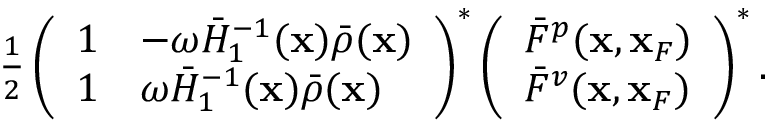
\begin{array} { r } { \frac { 1 } { 2 } \left( \begin{array} { l l } { 1 } & { - \omega \bar { \cal H } _ { 1 } ^ { - 1 } ( { \bf x } ) \bar { \rho } ( { \bf x } ) } \\ { 1 } & { \omega \bar { \cal H } _ { 1 } ^ { - 1 } ( { \bf x } ) \bar { \rho } ( { \bf x } ) } \end{array} \right) ^ { * } \left( \begin{array} { l } { \bar { F } ^ { p } ( { \bf x } , { \bf x } _ { F } ) } \\ { \bar { F } ^ { v } ( { \bf x } , { \bf x } _ { F } ) } \end{array} \right) ^ { * } . } \end{array}